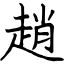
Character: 趙